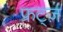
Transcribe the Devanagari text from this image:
फ्रट्ज़